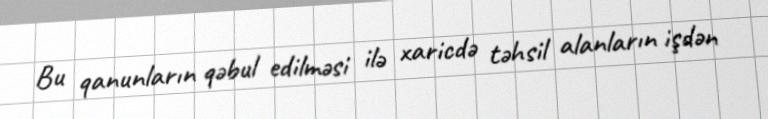
Bu qanunların qəbul edilməsi ilə xaricdə təhsil alanların işdən